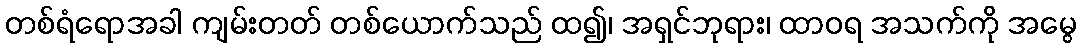
တစ်ရံရောအခါ ကျမ်းတတ် တစ်ယောက်သည် ထ၍၊ အရှင်ဘုရား၊ ထာဝရ အသက်ကို အမွေ